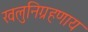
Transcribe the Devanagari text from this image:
खलुनिग्रहणाय